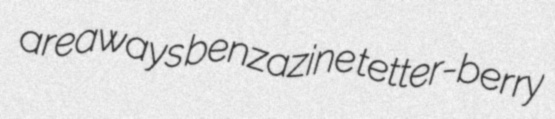
areaways benzazine tetter-berry